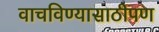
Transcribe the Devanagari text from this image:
वाचविण्यासाठीपण